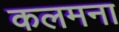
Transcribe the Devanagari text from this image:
कलमना